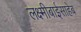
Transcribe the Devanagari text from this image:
लक्ष्मीबाईसाहेब